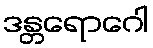
ဒန္တရောဂေါ